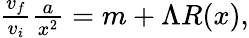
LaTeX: \begin{array}{r}{\frac{v_{f}}{v_{i}}\frac{a}{x^{2}}=m+\Lambda R(x),}\end{array}